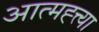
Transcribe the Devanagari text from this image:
आत्मह्त्त्या